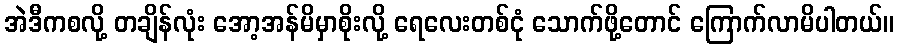
အဲဒီကစလို့ တချိန်လုံး အော့အန်မိမှာစိုးလို့ ရေလေးတစ်ငုံ သောက်ဖို့တောင် ကြောက်လာမိပါတယ်။